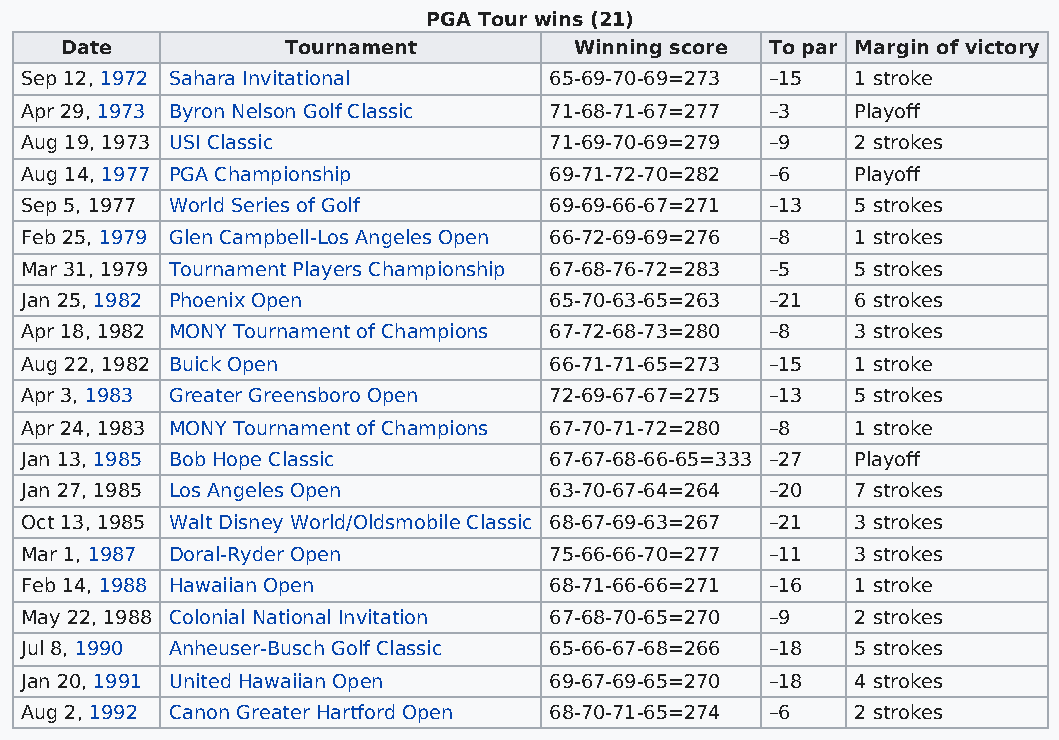
PGA Tour wins (21)
 Date           Tournament         Winning score To par Margin of victory
 Sep 12, 1972 Sahara Invitational   65-69-70-69=273 –15  1 stroke
 Apr 29, 1973 Byron Nelson Golf Classic 71-68-71-67=277 –3 Playoff
 Aug 19, 1973 USI Classic           71-69-70-69=279 –9   2 strokes
 Aug 14, 1977 PGA Championship      69-71-72-70=282 –6   Playoff
 Sep 5, 1977 World Series of Golf   69-69-66-67=271 –13  5 strokes
 Feb 25, 1979 Glen Campbell-Los Angeles Open 66-72-69-69=276 –8 1 strokes
 Mar 31, 1979 Tournament Players Championship 67-68-76-72=283 –5 5 strokes
 Jan 25, 1982 Phoenix Open          65-70-63-65=263 –21  6 strokes
 Apr 18, 1982 MONY Tournament of Champions 67-72-68-73=280 –8 3 strokes
 Aug 22, 1982 Buick Open            66-71-71-65=273 –15  1 stroke
 Apr 3, 1983 Greater Greensboro Open 72-69-67-67=275 –13 5 strokes
 Apr 24, 1983 MONY Tournament of Champions 67-70-71-72=280 –8 1 stroke
 Jan 13, 1985 Bob Hope Classic      67-67-68-66-65=333 –27 Playoff
 Jan 27, 1985 Los Angeles Open      63-70-67-64=264 –20  7 strokes
 Oct 13, 1985 Walt Disney World/Oldsmobile Classic 68-67-69-63=267 –21 3 strokes
 Mar 1, 1987 Doral-Ryder Open       75-66-66-70=277 –11  3 strokes
 Feb 14, 1988 Hawaiian Open         68-71-66-66=271 –16  1 stroke
 May 22, 1988 Colonial National Invitation 67-68-70-65=270 –9 2 strokes
 Jul 8, 1990 Anheuser-Busch Golf Classic 65-66-67-68=266 –18 5 strokes
 Jan 20, 1991 United Hawaiian Open  69-67-69-65=270 –18  4 strokes
 Aug 2, 1992 Canon Greater Hartford Open 68-70-71-65=274 –6 2 strokes